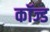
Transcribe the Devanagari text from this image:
कॉज्ड